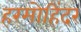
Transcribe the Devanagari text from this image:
हरमोहिंदर